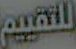
للتقييم